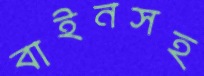
বাইনসহ